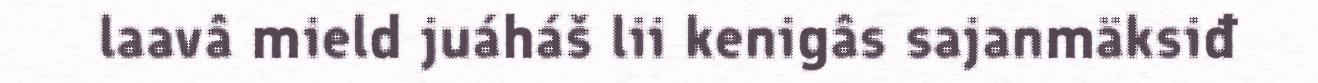
laavâ mield juáháš lii kenigâs sajanmäksiđ